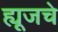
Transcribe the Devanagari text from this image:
ह्यूजचे